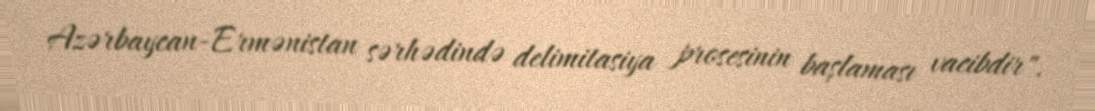
Azərbaycan-Ermənistan sərhədində delimitasiya prosesinin başlaması vacibdir".